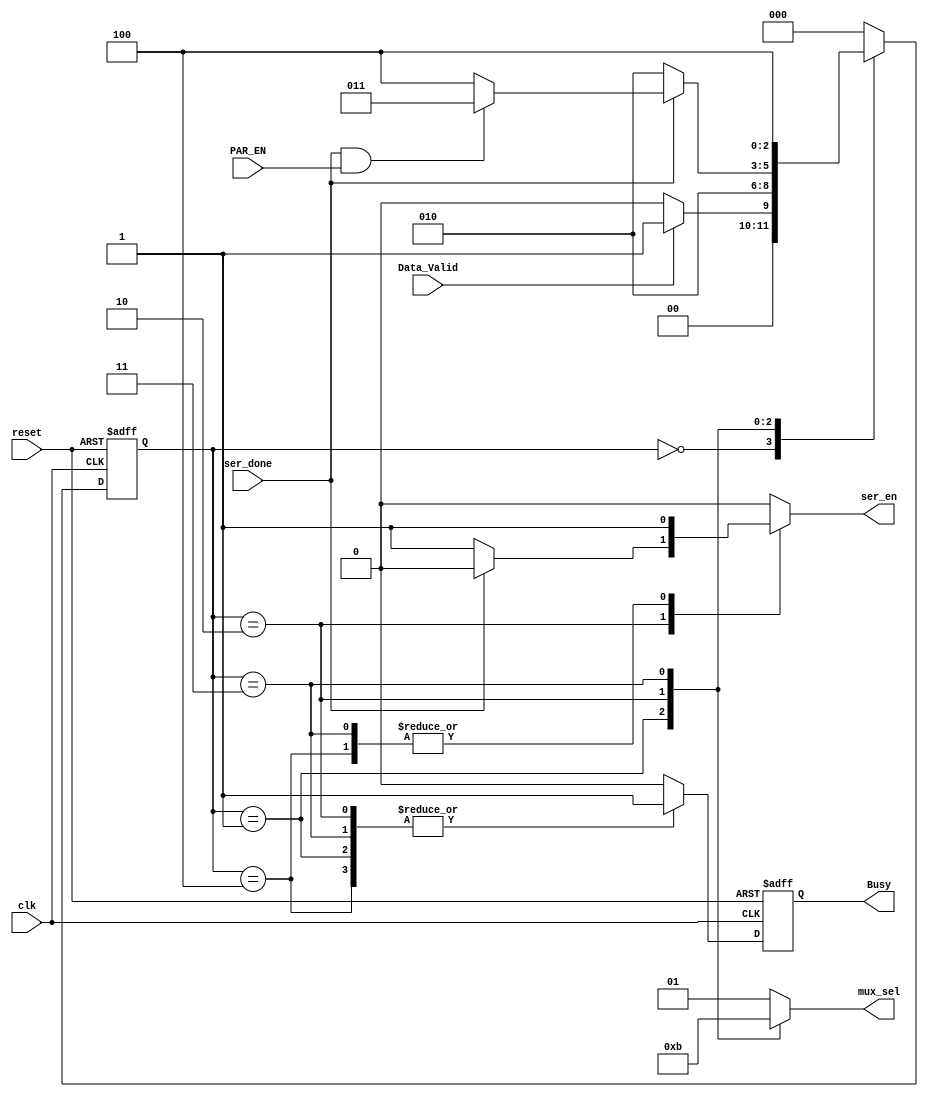
module TX_FSM (
    input clk , reset ,
    input Data_Valid , PAR_EN , ser_done , 
    output reg ser_en , Busy ,
    output reg [1:0] mux_sel 
);


localparam  IDEL   = 0,
            START  = 1,
            DATA   = 2,
            PARITY = 3,
            STOP   = 4;

reg [2:0] state_reg , state_next ;
reg busy_reg ;

always @(posedge clk , negedge reset) begin
    if(~reset) begin
        state_reg  <= 0 ;
        Busy<= 0;
    end
    else begin
        
        Busy<= busy_reg;
        state_reg <= state_next ;
    end
end

always @(*) begin
    state_next = state_reg ;

    case (state_reg)
       IDEL : begin
                if(~Data_Valid) begin
                    state_next = IDEL ;
                end
                else
                    state_next = START ;
    end
        START : begin
            state_next = DATA ;
        end

        DATA : begin
            if(~ser_done) begin
                state_next = DATA ;
            end
            else if (ser_done && PAR_EN ) begin
                state_next = PARITY ;
            end
            else begin
                state_next = STOP ;

            end
        end
        PARITY : begin
            state_next = STOP ;
        end
        STOP : begin
                state_next = IDEL ;
            
        end

        default: state_next = IDEL ;
    endcase
end


/////////// OUTPUT //////////

always @(*) begin

    case (state_reg)
        IDEL : begin
            busy_reg    = 0 ;
            ser_en  = 0 ;
            mux_sel = 2'b01 ;
        end
        START : begin
            busy_reg    = 1;
            ser_en  = 0 ;
            mux_sel = 2'b00 ;
        end

        DATA : begin
            busy_reg    = 1 ;
            ser_en  = 1 ;
            mux_sel = 2'b10 ;
            if(ser_done)
            ser_en = 1'b0 ;  
			else
                ser_en = 1'b1 ; 
        end
        PARITY : begin
            busy_reg    = 1 ;
            ser_en  = 1 ;
            mux_sel = 2'b11 ;
        end
        STOP : begin
            busy_reg    = 1 ;
            ser_en  = 1 ;
            mux_sel = 2'b01 ;
        end

default: begin
    busy_reg    = 0 ;
            ser_en  = 0 ;
            mux_sel = 2'b01 ;
        end
    endcase
end

    
endmodule